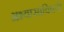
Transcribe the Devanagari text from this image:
अभ्यासाविषयी